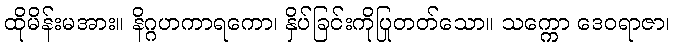
ထိုမိန်းမအား။ နိဂ္ဂဟကာရကော၊ နှိပ်ခြင်းကိုပြုတတ်သော။ သက္ကော ဒေဝရာဇာ၊